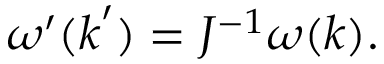
\begin{array} { r } { \omega ^ { \prime } ( \boldsymbol { k } ^ { \prime } ) = J ^ { - 1 } \omega ( \boldsymbol { k } ) . } \end{array}